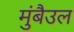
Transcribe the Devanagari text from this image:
मुंबैउल